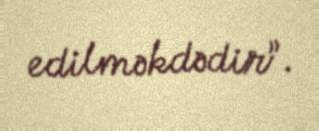
edilməkdədir”.